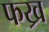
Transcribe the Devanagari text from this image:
फख्र